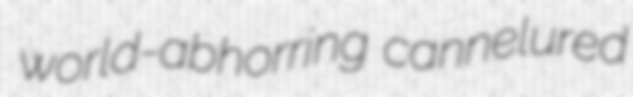
world-abhorring cannelured